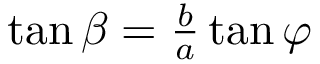
\textstyle { \tan \beta = { \frac { b } { a } } \tan \varphi } \,